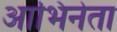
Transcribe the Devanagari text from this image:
आभिनेता